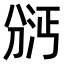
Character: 𫦇